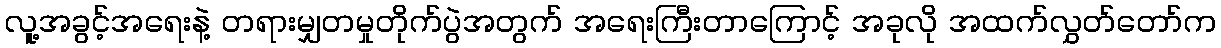
လူ့အခွင့်အရေးနဲ့ တရားမျှတမှုတိုက်ပွဲအတွက် အရေးကြီးတာကြောင့် အခုလို အထက်လွှတ်တော်က